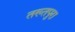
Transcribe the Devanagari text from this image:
तख्तपुरा